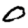
Digit: 0